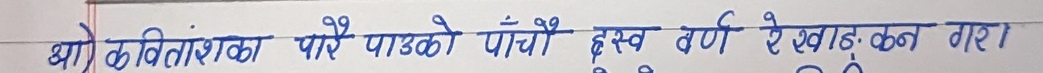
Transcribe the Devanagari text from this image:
भाग ८ कवितांशका पाइएको पाँचौँ ह्रस्व वर्ण ऐखाड कन गरा